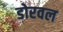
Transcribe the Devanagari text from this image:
डोरवल